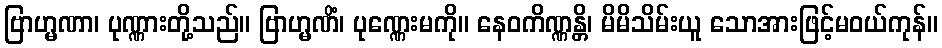
ဗြာဟ္မဏာ၊ ပုဏ္ဏားတို့သည်။ ဗြာဟ္မဏိံ၊ ပုဏ္ဏေးမကို။ နေဝကိဏ္ဏန္တိ၊ မိမိသိမ်းယူ သောအားဖြင့်မဝယ်ကုန်။